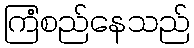
ကြံစည်နေသည်